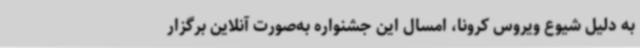
به دلیل شیوع ویروس کرونا، امسال این جشنواره به‌صورت آنلاین برگزار